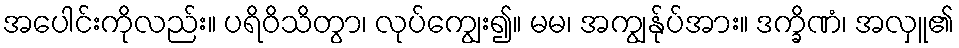
အပေါင်းကိုလည်း။ ပရိဝိသိတွာ၊ လုပ်ကျွေး၍။ မမ၊ အကျွန်ုပ်အား။ ဒက္ခိဏံ၊ အလှူ၏